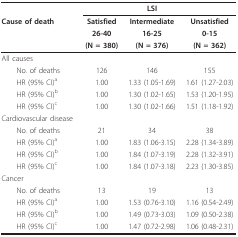
|  |  | LSI |  |
 | Cause of death | Satisfied | Intermediate | Unsatisfied |
 |  | 26-40 | 16-25 | 0-15 |
 |  | (N = 380) | (N = 376) | (N = 362) |
 | --- | --- | --- | --- |
 | All causes |  |  |  |
 | No. of deaths | 126 | 146 | 155 |
 | HR (95% CI)a | 1.00 | 1.33 (1.05-1.69) | 1.61 (1.27-2.03) |
 | HR (95% CI)b | 1.00 | 1.30 (1.02-1.65) | 1.53 (1.20-1.95) |
 | HR (95% CI)c | 1.00 | 1.30 (1.02-1.66) | 1.51 (1.18-1.92) |
 | Cardiovascular disease |  |  |  |
 | No. of deaths | 21 | 34 | 38 |
 | HR (95% CI)a | 1.00 | 1.83 (1.06-3.15) | 2.28 (1.34-3.89) |
 | HR (95% CI)b | 1.00 | 1.84 (1.07-3.19) | 2.28 (1.32-3.91) |
 | HR (95% CI)c | 1.00 | 1.84 (1.07-3.18) | 2.23 (1.30-3.85) |
 | Cancer |  |  |  |
 | No. of deaths | 13 | 19 | 13 |
 | HR (95% CI)a | 1.00 | 1.53 (0.76-3.10) | 1.16 (0.54-2.49) |
 | HR (95% CI)b | 1.00 | 1.49 (0.73-3.03) | 1.09 (0.50-2.38) |
 | HR (95% CI)c | 1.00 | 1.47 (0.72-2.98) | 1.06 (0.48-2.31) |